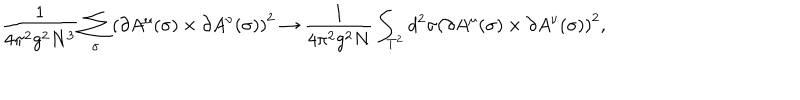
LaTeX: \frac { 1 } { 4 \pi ^ { 2 } g ^ { 2 } N ^ { 3 } } \sum _ { \sigma } \left( \partial A ^ { \mu } ( \sigma ) \times \partial A ^ { \nu } ( \sigma ) \right) ^ { 2 } \rightarrow \frac { 1 } { 4 \pi ^ { 2 } g ^ { 2 } N } \int _ { T ^ { 2 } } d ^ { 2 } \sigma \left( \partial A ^ { \mu } ( \sigma ) \times \partial A ^ { \nu } ( \sigma ) \right) ^ { 2 } ,